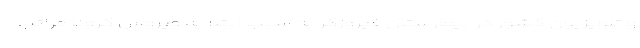
و تلویزیون کشور در بیمارستان فیروزگر به سبب ابتلا به ویروس کرونا مراتب